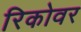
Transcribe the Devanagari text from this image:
रिकोवर